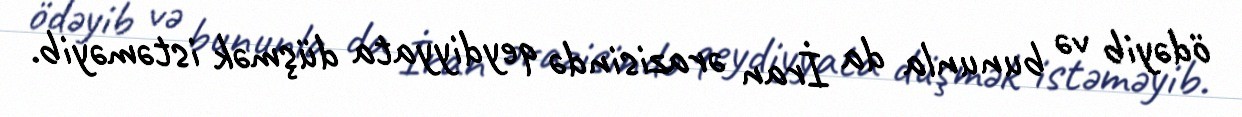
ödəyib və bununla da İran ərazisində qeydiyyata düşmək istəməyib.